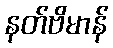
နတ်ဗိမာန်